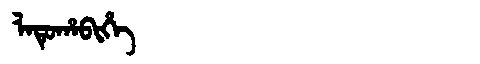
Manchu: ᠯᠠᡨᡠᡥᠠᠪᡳᡥᡝ
Romanization: LATUHABIHE